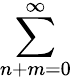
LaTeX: \sum_{n+m=0}^{\infty}